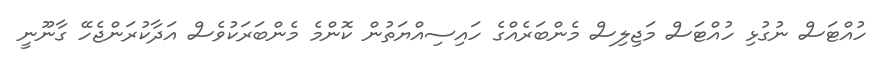
ހުއްޓަސް ނުގުޅި ހުއްޓަސް މަޖިލިސް މެންބަރެއްގެ ހައިސިއްޔަތުން ކޮންމެ މެންބަރަކުވެސް އަދާކުރަންޖެހޭ ގާނޫނީ